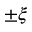
\pm \xi